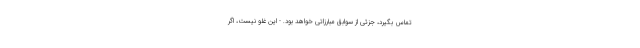
تماس بگیرد، جزئی از سوابق مبارزاتی خواهد بود. - این غلو نیست، اگر